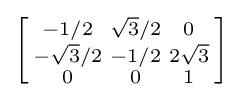
\left[{\begin{smallmatrix}-1/2&{\sqrt {3}}/2&0\\-{\sqrt {3}}/2&-1/2&2{\sqrt {3}}\\0&0&1\\\end{smallmatrix}}\right]